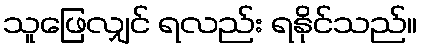
သူဖြေလျှင် ရလည်း ရနိုင်သည်။